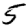
Digit: 5